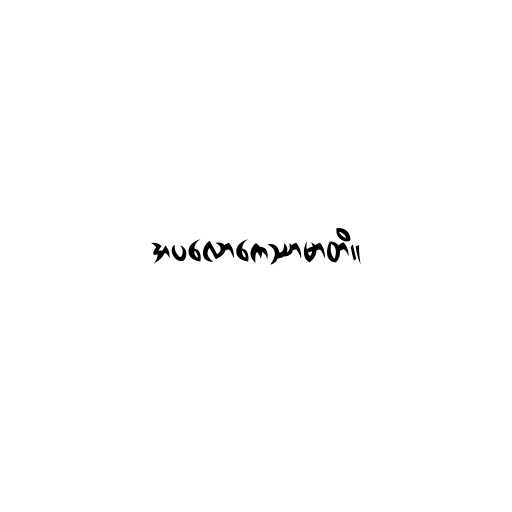
အပလောကေဿာမာတိ။